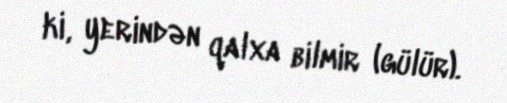
ki, yerindən qalxa bilmir (gülür).